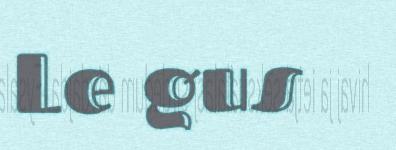
Le gus